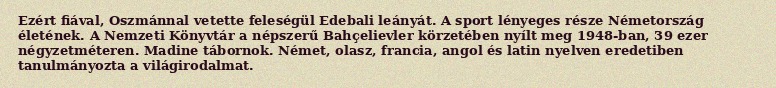
Ezért fiával, Oszmánnal vetette feleségül Edebali leányát. A sport lényeges része Németország életének. A Nemzeti Könyvtár a népszerű Bahçelievler körzetében nyílt meg 1948-ban, 39 ezer négyzetméteren. Madine tábornok. Német, olasz, francia, angol és latin nyelven eredetiben tanulmányozta a világirodalmat.